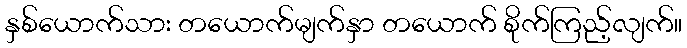
နှစ်ယောက်သား တယောက်မျက်နှာ တယောက် စိုက်ကြည့်လျက်။